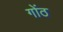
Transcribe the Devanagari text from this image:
गोंठ